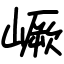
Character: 嶥